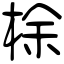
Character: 梌